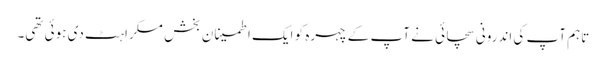
تاہم آپ کی اندرونی سچائی نے آپ کے چہرہ کو ایک اطمینان بخش مسکراہٹ دی ہوئی تھی۔